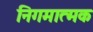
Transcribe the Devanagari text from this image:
निगमात्मक